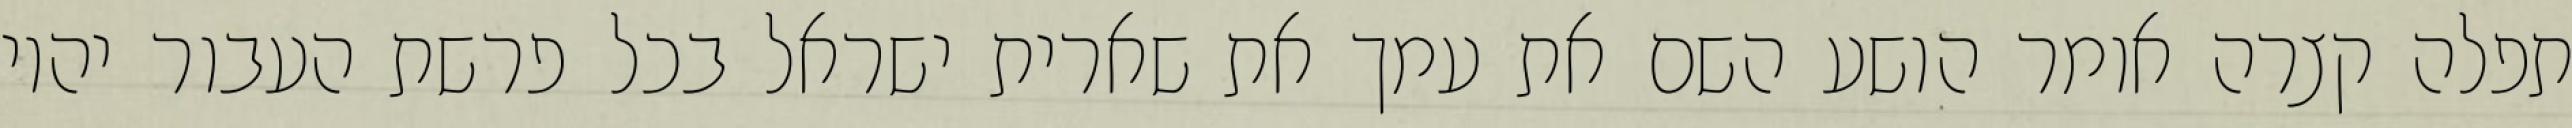
תפלה קצרה אומר הושע השם את עמך את שארית ישראל בכל פרשת העבור יהיו